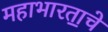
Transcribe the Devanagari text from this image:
महाभारता॒चे